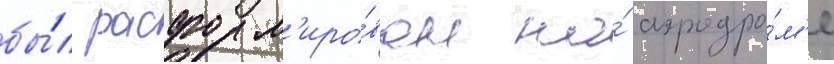
бы́л расформ'иро́ван на́ аэродро́м'е